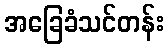
အခြေခံသင်တန်း